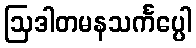
ဩဒါတမနသင်္ကပ္ပေါ